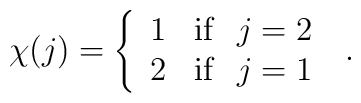
\chi(j) = \left\{ \begin{array}{cl} 1 & {\rm if} \ \ j=2 \\                                      2 & {\rm if} \ \ j=1 \end{array}            \right. \ .